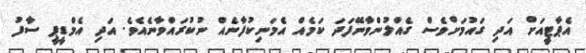
އެޕާޓީއަށް އަދި ގައުމަށްވެސް ގެއްލުންވާނޭފަދަ ކަމެއް އެމަނިކުފާނެއް ނުކުރައްވާނެއެވެ. އަދި އެމްޑީޕީ ސާފު